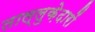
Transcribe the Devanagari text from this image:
ताल्लुक़ेदारों